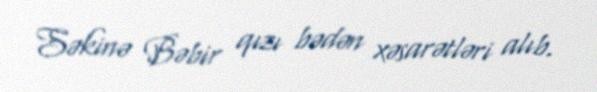
Səkinə Bəbir qızı bədən xəsarətləri alıb.